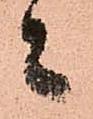
々